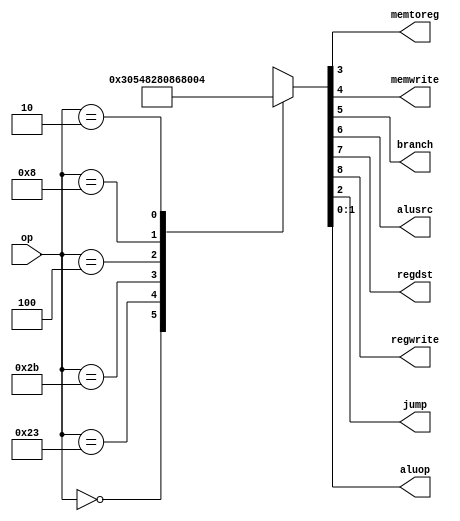
`timescale 1ns / 1ps
//////////////////////////////////////////////////////////////////////////////////
// Company: 
// Engineer: 
// 
// Design Name: 
// Module Name:    maindec 
// Project Name: 
// Target Devices: 
// Tool versions: 
// Description: 
//
// Dependencies: 
//
// Revision: 
// Revision 0.01 - File Created
// Additional Comments: 
//
//////////////////////////////////////////////////////////////////////////////////
  module maindec(
   input wire [5:0] op,
   output wire memtoreg, memwrite,
   output wire branch, alusrc,
   output wire regdst, regwrite,
   output wire jump,
   output wire [1:0] aluop
	);
   
	reg [8:0] controls;
   assign {regwrite, regdst, alusrc, branch, memwrite, memtoreg, jump, aluop} = controls;
   always@*
    case(op)
     6'b000000: controls <= 9'b110000010; // RTYPE
     6'b100011: controls <= 9'b101001000; // LW
     6'b101011: controls <= 9'b001010000; // SW
     6'b000100: controls <= 9'b000100001; // BEQ
     6'b001000: controls <= 9'b101000000; // ADDI
     6'b000010: controls <= 9'b000000100; // J
     default: controls <= 9'bxxxxxxxxx; // illegal op
    endcase
  endmodule